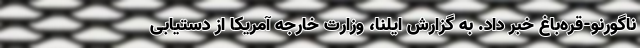
ناگورنو-قره‌باغ خبر داد. به گزارش ایلنا، وزارت خارجه آمریکا از دستیابی